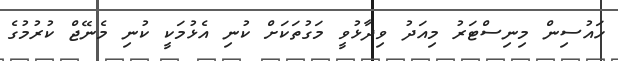
ހައުސިން މިނިސްޓަރު މިއަދު ވިދާޅުވީ މަގުތަކަށް ކުނި އެޅުމަކީ ކުނި މެނޭޖް ކުރުމުގެ